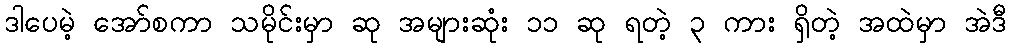
ဒါပေမဲ့ အော်စကာ သမိုင်းမှာ ဆု အများဆုံး ၁၁ ဆု ရတဲ့ ၃ ကား ရှိတဲ့ အထဲမှာ အဲဒီ